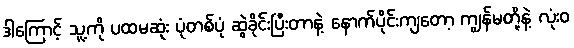
ဒါကြောင့် သူ့ကို ပထမဆုံး ပုံတစ်ပုံ ဆွဲခိုင်းပြီးတာနဲ့ နောက်ပိုင်းကျတော့ ကျွန်မတို့နဲ့ လုံးဝ